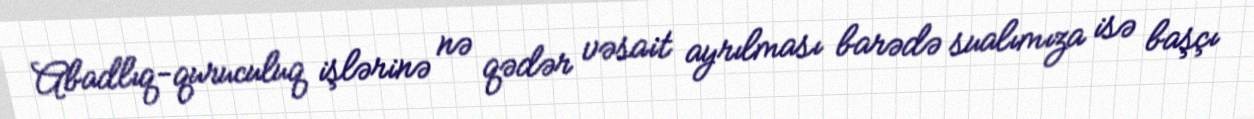
Abadlıq-quruculuq işlərinə nə qədər vəsait ayrılması barədə sualımıza isə başçı